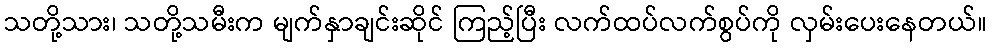
သတို့သား၊ သတို့သမီးက မျက်နှာချင်းဆိုင် ကြည့်ပြီး လက်ထပ်လက်စွပ်ကို လှမ်းပေးနေတယ်။